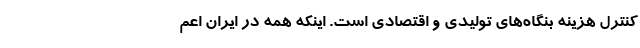
کنترل هزینه بنگاه‌های تولیدی و اقتصادی است. اینکه همه در ایران اعم